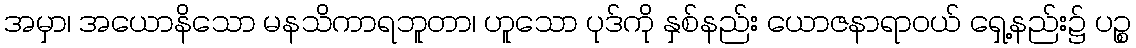
အမှာ၊ အယောနိသော မနသိကာရဘူတာ၊ ဟူသော ပုဒ်ကို နှစ်နည်း ယောဇနာရာဝယ် ရှေ့နည်း၌ ပဉ္စ